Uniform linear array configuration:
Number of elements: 8
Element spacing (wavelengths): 0.25
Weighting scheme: binomial
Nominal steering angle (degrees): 15
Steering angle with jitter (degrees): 14.023
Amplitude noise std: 0.05
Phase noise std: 0.05

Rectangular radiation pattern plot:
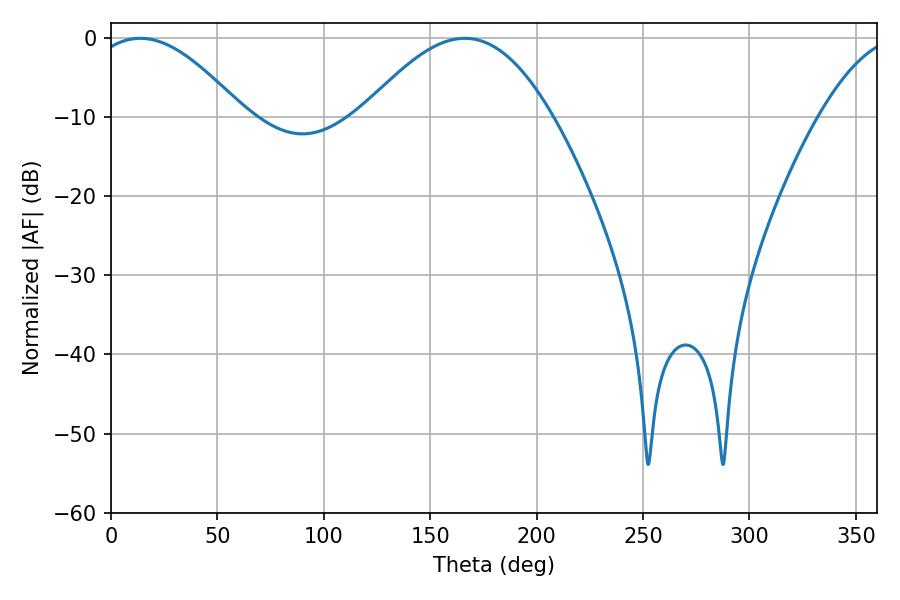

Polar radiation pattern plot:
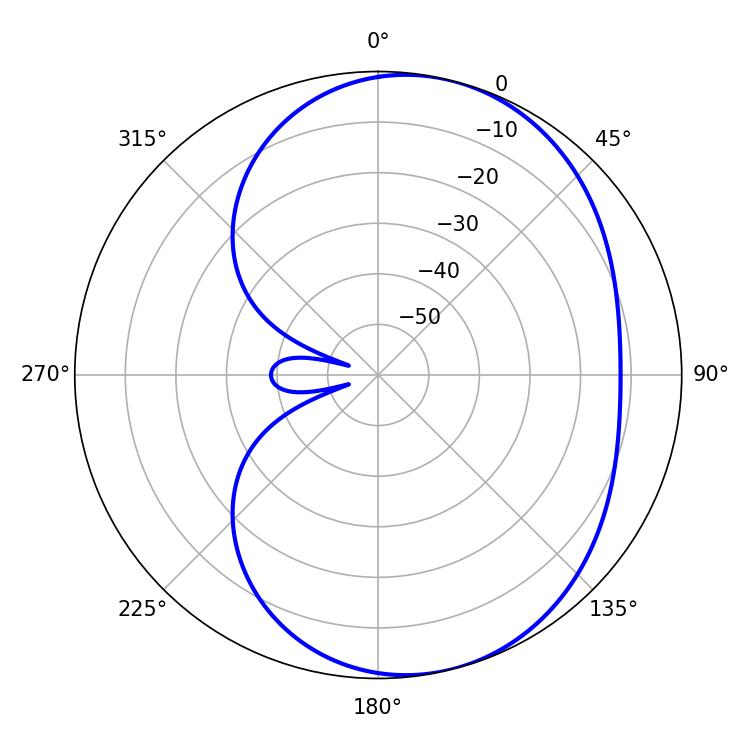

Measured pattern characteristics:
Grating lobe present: FALSE
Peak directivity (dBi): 5.801
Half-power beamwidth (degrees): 39.24
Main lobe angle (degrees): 13.86